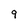
Character: 9